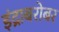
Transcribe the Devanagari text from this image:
इंद्राबरोबर